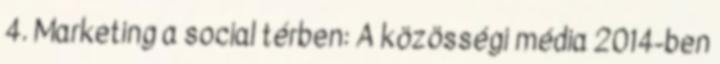
4. Marketing a social térben: A közösségi média 2014-ben